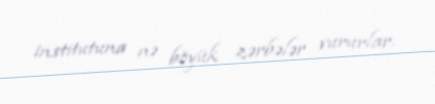
institutuna nə böyük zərbələr vururlar.